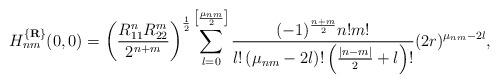
LaTeX: \begin{align*}\mbox{$H_{nm}^{\{{\bf R}\}}(0,0)$}=\left(\frac {R_{11}^nR_{22}^m}{2^{n+m}}\right)^{\frac 12}\sum_{l=0}^{\left[\frac {\mu_{nm}}2\right]}\frac {(-1)^{\frac {n+m}2}n!m!}{l!\left(\mu_{nm}-2l\right)!\left(\frac {|n-m|}2+l\right)!}(2r)^{\mu_{nm}-2l},\end{align*}